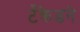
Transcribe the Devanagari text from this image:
टँक्रेडने